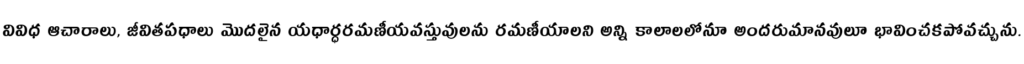
వివిధ ఆచారాలు, జీవితపధాలు మొదలైన యధార్ధరమణీయవస్తువులను రమణీయాలని అన్ని కాలాలలోనూ అందరుమానవులూ భావించకపోవచ్చును.